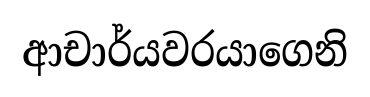
ආචාර්යවරයාගෙනි